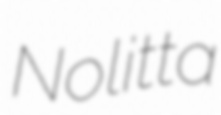
Nolitta